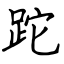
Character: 跎